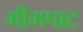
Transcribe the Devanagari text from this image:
मीमपाट